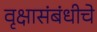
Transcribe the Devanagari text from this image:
वृक्षासंबंधीचे